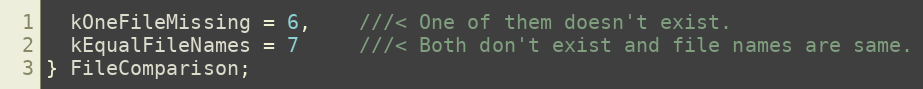
Language: C
  kOneFileMissing = 6,    ///< One of them doesn't exist.
  kEqualFileNames = 7     ///< Both don't exist and file names are same.
} FileComparison;